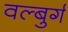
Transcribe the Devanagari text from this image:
वल्बुर्ग